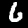
Label: 6